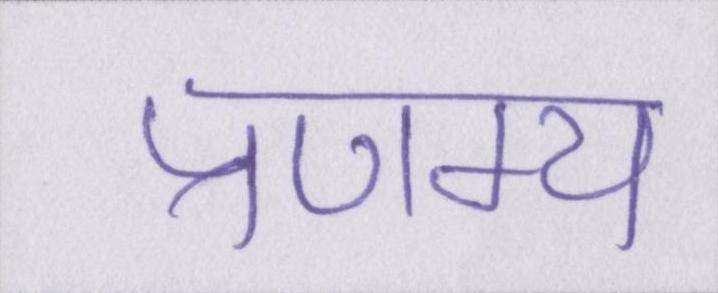
प्रणम्य